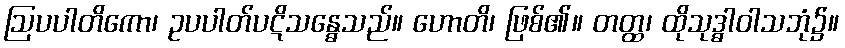
ဩပပါတိကော၊ ဥပပါတ်ပဋိသန္ဓေသည်။ ဟောတိ၊ ဖြစ်၏။ တတ္ထ၊ ထိုသုဒ္ဓါဝါသဘုံ၌။